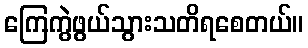
ကြေကွဲဖွယ်သွားသတိရစေတယ်။